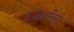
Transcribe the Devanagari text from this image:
कुंजवासिनी